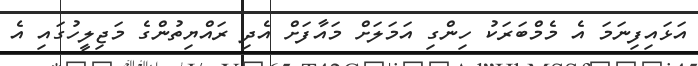
އަޅައިފިނަމަ އެ މެމްބަރަކު ހިންގި އަމަލަށް މައާފަށް އެދި ރައްޔިތުންގެ މަޖިލީހުގައި އެ